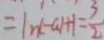
= \vert n ( - a ) + 1 = \frac { 3 } { 2 }